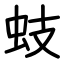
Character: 蚑